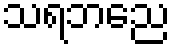
သရဘညေ